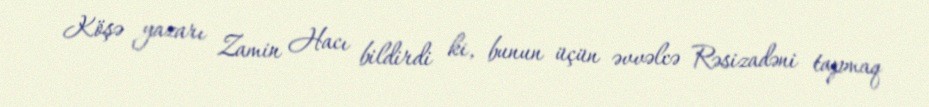
Köşə yazarı Zamin Hacı bildirdi ki, bunun üçün əvvəlcə Rəsizadəni tapmaq